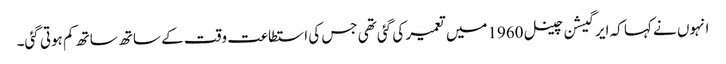
انہوں نے کہا کہ ایرگیشن چینل 1960میں تعمیر کی گئی تھی جس کی استطاعت وقت کے ساتھ ساتھ کم ہوتی گئی۔